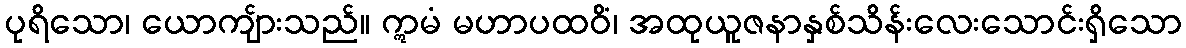
ပုရိသော၊ ယောကျ်ားသည်။ ဣမံ မဟာပထဝိံ၊ အထုယူဇနာနှစ်သိန်းလေးသောင်းရှိသော